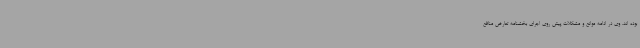
بوده اند. وی در ادامه موانع و مشکلات پیش روی اجرای بخشنامه تعارض منافع